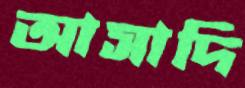
আসাদি